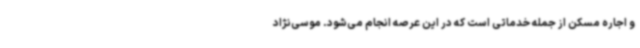
و اجاره مسکن از جمله خدماتی است که در این عرصه انجام می‌شود. موسی‌نژاد